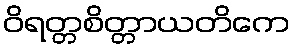
ဝိရတ္တစိတ္တာယတိကေ